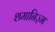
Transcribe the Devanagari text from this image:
शमानिज़्म